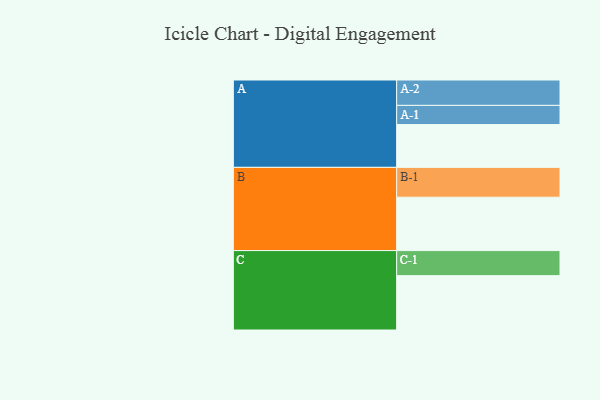
{"axis": {"x": "Segment", "y": "Value"}, "legend": ["", "A", "B", "C"], "data": [{"x": "A", "y": 393, "type": ""}, {"x": "B", "y": 490, "type": ""}, {"x": "C", "y": 499, "type": ""}, {"x": "A-1", "y": 176, "type": "A"}, {"x": "A-2", "y": 233, "type": "A"}, {"x": "B-1", "y": 274, "type": "B"}, {"x": "C-1", "y": 230, "type": "C"}]}